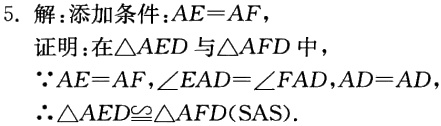
5. 解：添加条件：\(AE = AF\)，
证明：在\(\triangle AED\)与\(\triangle AFD\)中，
\(\because AE = AF,\angle EAD=\angle FAD,AD = AD\)
\(\therefore \triangle AED\cong\triangle AFD(SAS).\)